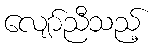
လျော်ညီသည့်